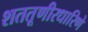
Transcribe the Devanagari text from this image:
शततूणीरधारिणे